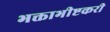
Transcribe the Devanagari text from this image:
भक्ताभीष्टकरी